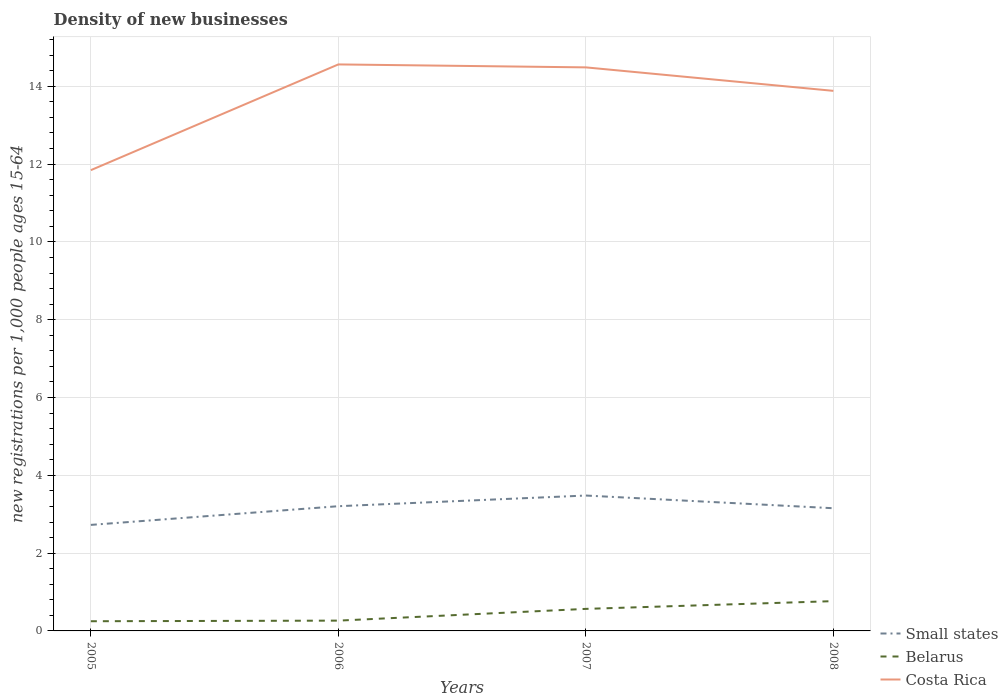
| Years | Small states | Belarus | Costa Rica |
 | --- | --- | --- | --- |
 | 2005 | 2.73 | 0.249 | 11.8 |
 | 2006 | 3.21 | 0.265 | 14.6 |
 | 2007 | 3.48 | 0.567 | 14.5 |
 | 2008 | 3.15 | 0.766 | 13.9 |